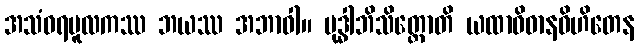
အသံဝရမူလကဿ ဘယဿ အဘာဝါ။ မုဒ္ဓါဘိသိတ္တောတိ ယထာဝိဓာနဝိဟိတေန